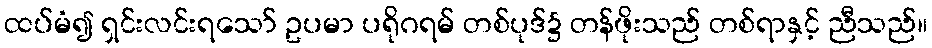
ထပ်မံ၍ ရှင်းလင်းရသော် ဥပမာ ပရိုဂရမ် တစ်ပုဒ်၌ တန်ဖိုးသည် တစ်ရာနှင့် ညီသည်။